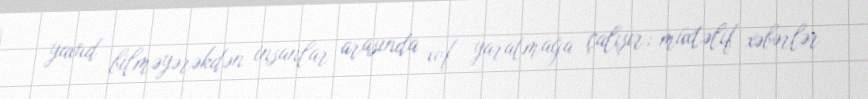
yaxud bilməyərəkdən insanlar arasında xof yaratmağa çalışır; müxtəlif xəbərlər